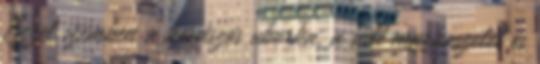
Ezzel szemben a kovászos uborka, a sült marhaszelet és